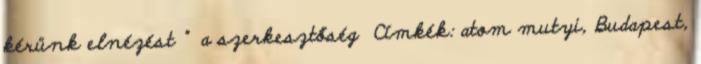
kérünk elnézést ” a szerkesztőség Címkék: atom mutyi, Budapest,